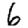
Digit: 6